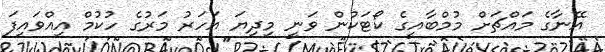
އޭނާގެ މައްޗަށް މުމްބާއީގެ ކޯޓަކުން ވަނީ މިދިޔަ އަހަރު މަރުގެ ހުކުމް އިއްވައިފަ